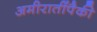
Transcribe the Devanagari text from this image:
अमीरातींपैकी